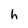
Character: h